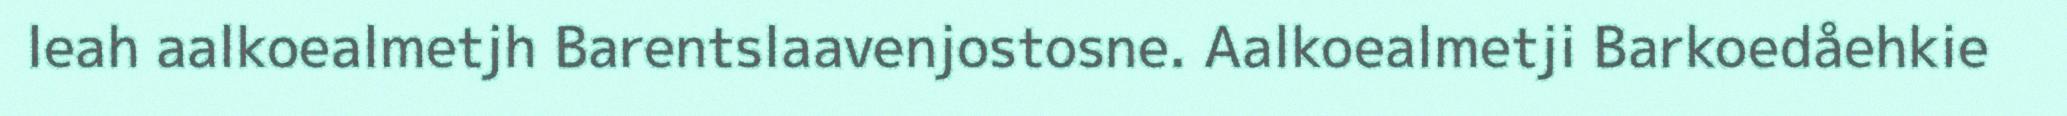
leah aalkoealmetjh Barentslaavenjostosne. Aalkoealmetji Barkoedåehkie